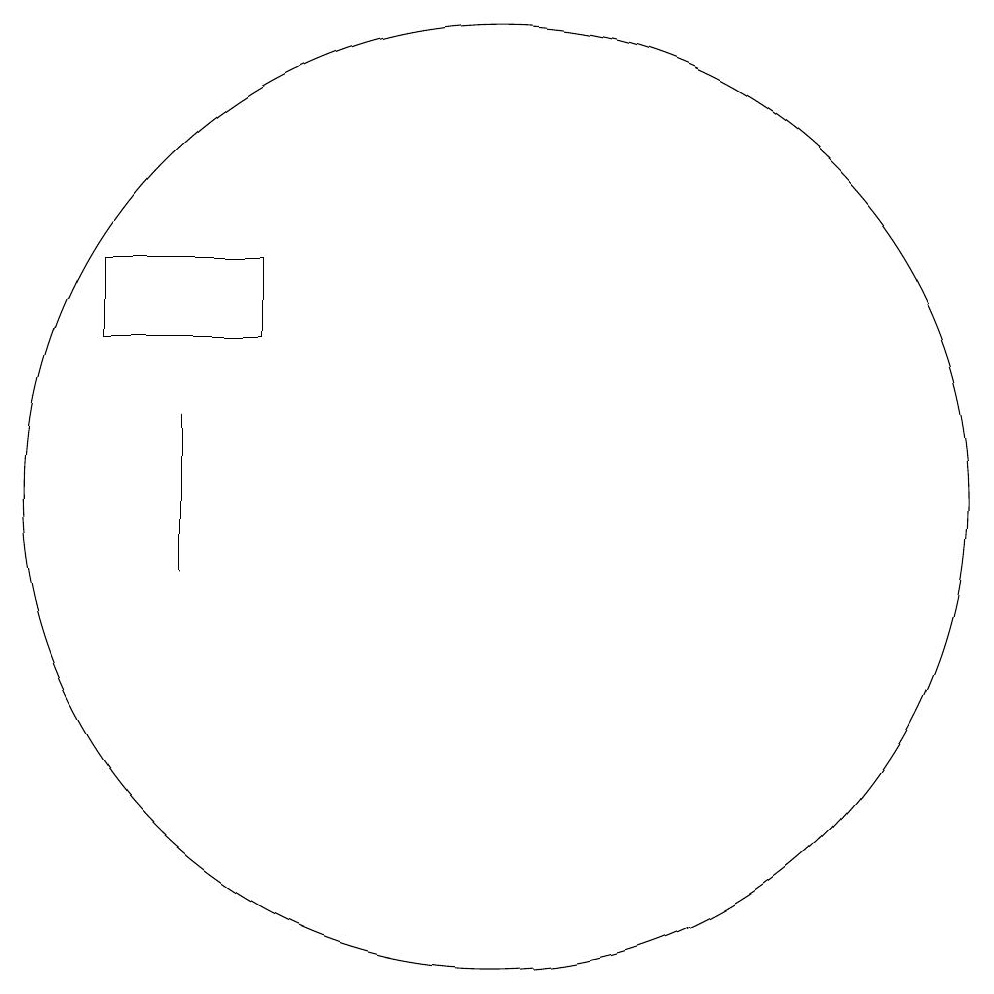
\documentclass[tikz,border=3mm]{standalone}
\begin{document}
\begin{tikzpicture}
\draw (5,15) rectangle (7,14);
\draw (10,12) circle (6);
\draw (6,11) rectangle (6,13);
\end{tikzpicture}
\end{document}